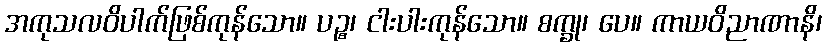
အကုသလဝိပါက်ဖြစ်ကုန်သော။ ပဉ္စ၊ ငါးပါးကုန်သော။ စက္ခု၊ ပေ။ ကာယဝိညာဏာနိ၊